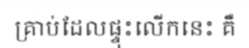
គ្រាប់ដែលផ្ទុះលើកនេះ គឺ